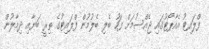
ފްލައިޓު އެއާޕޯޓުގައި ޖެއްސުމަށް ފަހު ބެލި ބެލުމުން ފްލައިޓުގެ ތިރީ ބަޔާއި ދިމާލުން